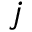
j